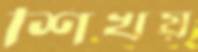
শিখয়